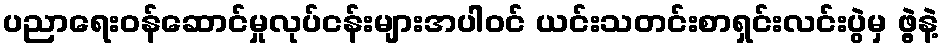
ပညာရေးဝန်ဆောင်မှုလုပ်ငန်းများအပါဝင် ယင်းသတင်းစာရှင်းလင်းပွဲမှ ဖွဲ့နဲ့